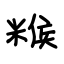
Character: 糇